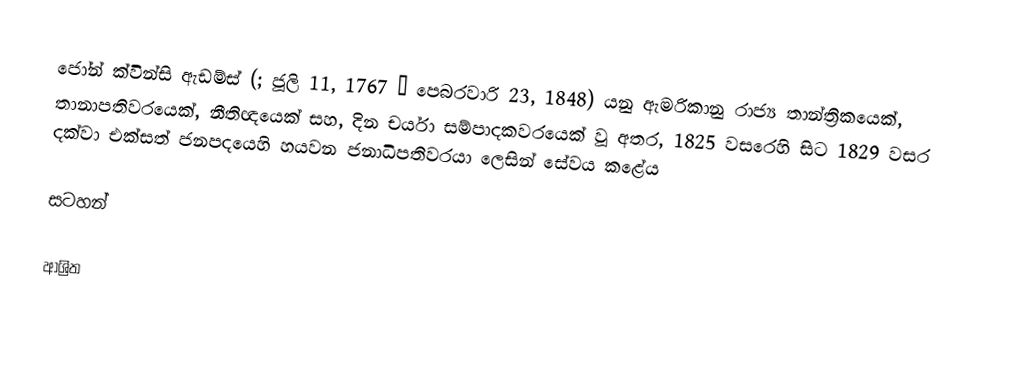
ජෝන් ක්වින්සි ඇඩම්ස් (; ජූලි 11, 1767 – පෙබරවාරි 23, 1848) යනු ඇමරිකානු රාජ්‍ය තාන්ත්‍රිකයෙක්, තානාපතිවරයෙක්, නීතිඥයෙක් සහ, දින චර්යා සම්පාදකවරයෙක් වූ අතර, 1825 වසරෙහි සිට 1829 වසර දක්වා  එක්සත් ජනපදයෙහි හයවන ජනාධිපතිවරයා ලෙසින් සේවය කළේය

සටහන්

ආශ්‍රිත